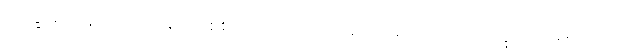
ဘိက္ခု၊ ရဟန်းသည်။ ခေါ၊ စင်စစ်။ အပ္ပမာဒံ၊ အပ္ပမာဒတရားကို။ ပ။ ဘိက္ခု၊ ရဟန်းသည်။